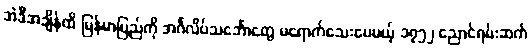
အဲဒီအချိန်ထိ မြန်မာပြည်ကို အင်္ဂလိပ်သင်္ဘောတွေ မရောက်သေးပေမယ့် ၁၇၅၂ ညောင်ရမ်းဆက်